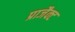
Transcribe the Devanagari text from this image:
प्राजैक्ट